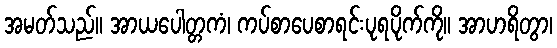
အမတ်သည်။ အာယပေါတ္တကံ၊ ကပ်စာပေစာရင်းပုရပိုက်ကို။ အာဟရိတွာ၊